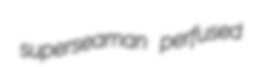
superseaman perfused